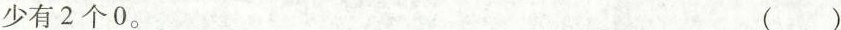
少有2个0. ( )